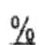
%